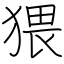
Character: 猥